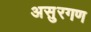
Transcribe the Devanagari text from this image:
असुरगण